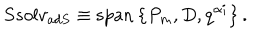
LaTeX: S s o l v _ { a d S } \equiv \mathrm { s p a n } \left\{ P _ { m } , D , q ^ { \alpha i } \right\} .